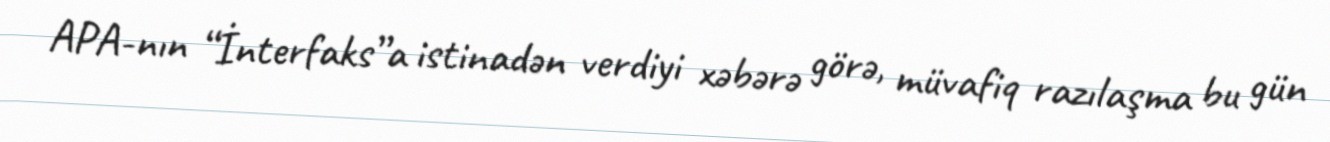
APA-nın “İnterfaks”a istinadən verdiyi xəbərə görə, müvafiq razılaşma bu gün